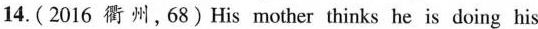
14.(2016 衢 州,68)His mother thinks he is doing his